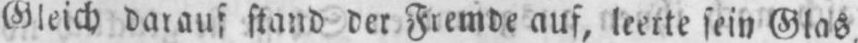
Gleich darauf stand der Fremde auf, leerte sein Glas,